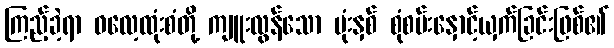
ကြည့်ခဲ့ရာ ဓလေ့ထုံးစံတို့ ကျူးလွန်သော ဗုံးနှစ် စုံစမ်းနှောင့်ယှက်ခြင်းဖြစ်၏